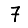
Digit: 7